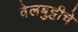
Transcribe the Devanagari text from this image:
वेलबुट्टीचे